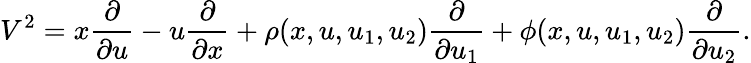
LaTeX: V^{2}=x{\frac{\partial}{\partial u}}-u{\frac{\partial}{\partial x}}+\rho(x,u,u_{1},u_{2}){\frac{\partial}{\partial u_{1}}}+\phi(x,u,u_{1},u_{2}){\frac{\partial}{\partial u_{2}}}.